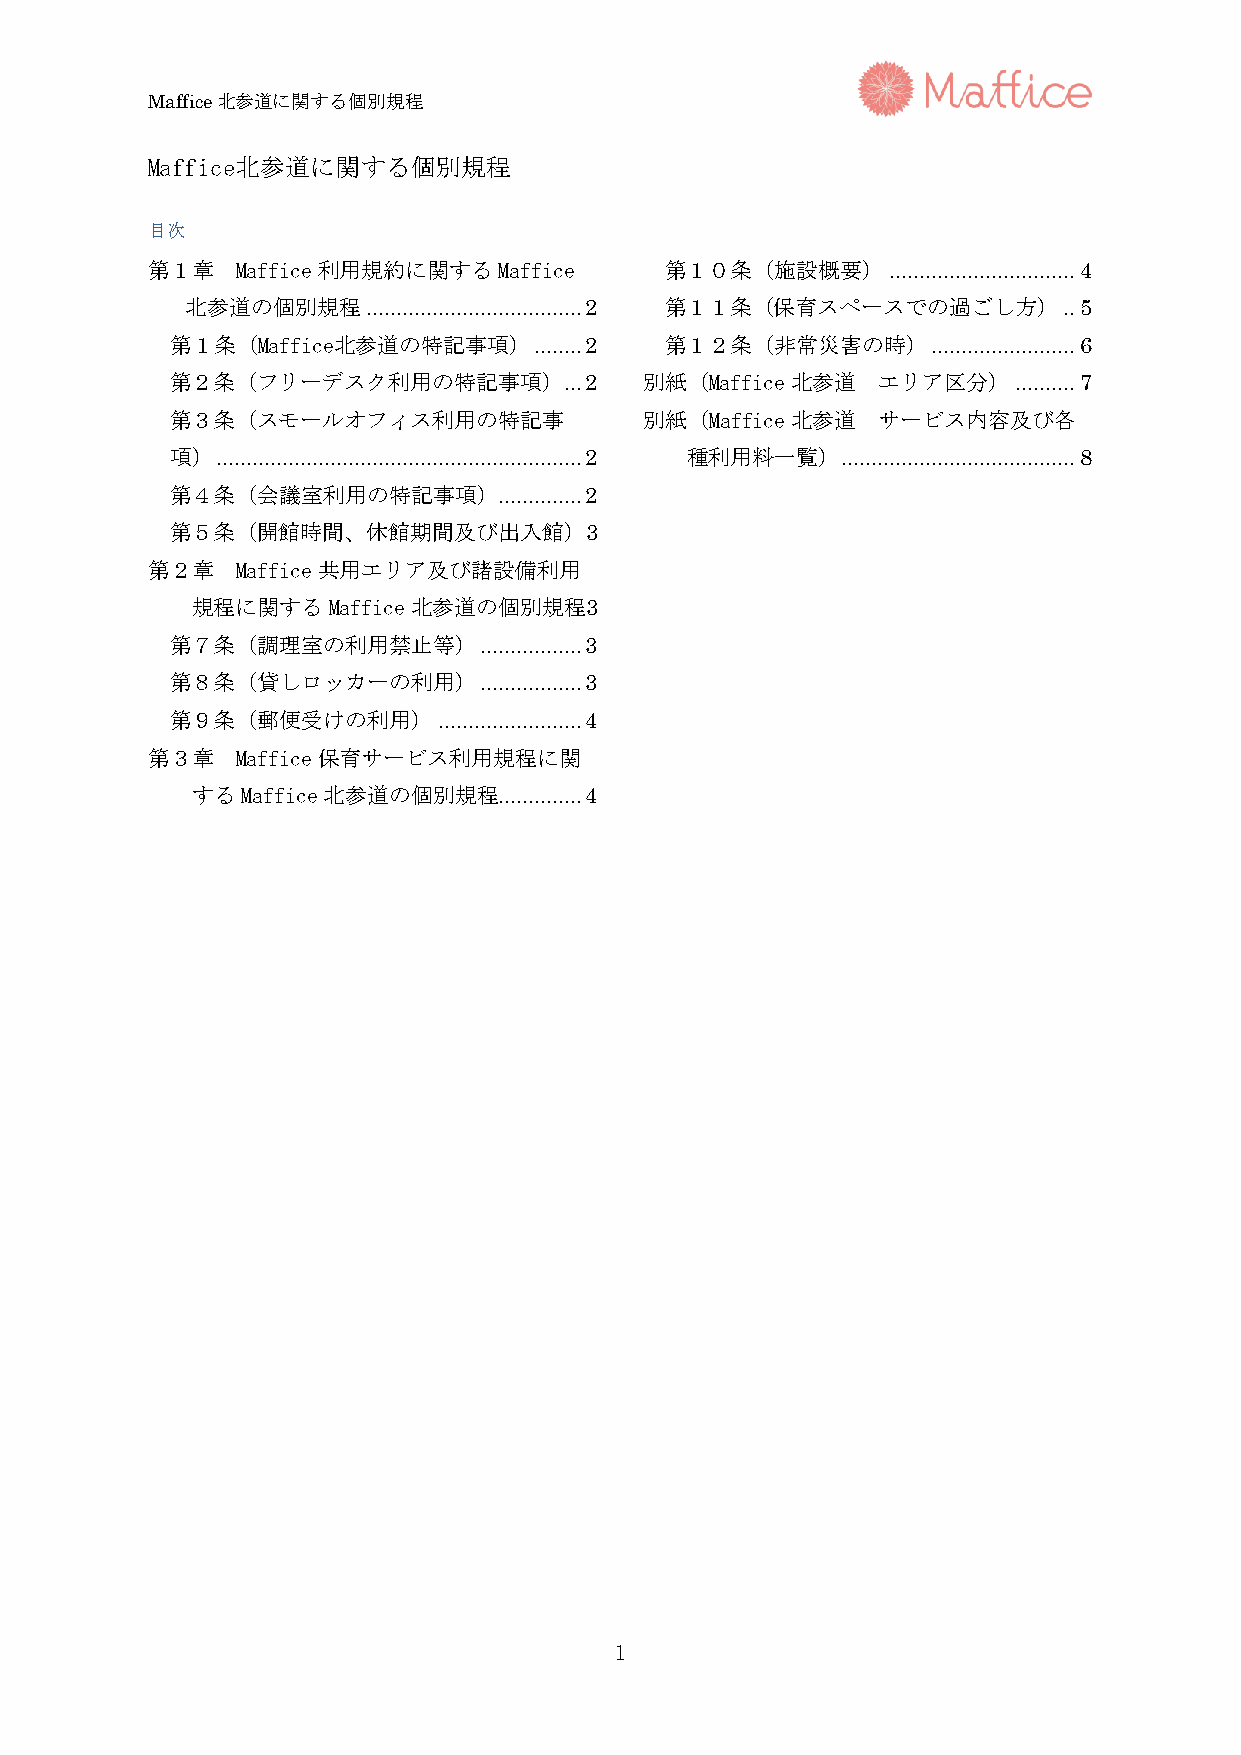
Maffice北参道に関する個別規程
 Maffice北参道に関する個別規程
 目次
 第１章   Maffice利用規約に関するMaffice      第１０条（施設概要）     ............................... 4
 北参道の個別規程    .................................... 2 第１１条（保育スペースでの過ごし方） .. 5
 第１条（Maffice北参道の特記事項）    ........ 2 第１２条（非常災害の時）    ........................ 6
 第２条（フリーデスク利用の特記事項）        ... 2 別紙（Maffice北参道  エリア区分）   .......... 7
 第３条（スモールオフィス利用の特記事              別紙（Maffice北参道  サービス内容及び各
 項） ............................................................. 2 種利用料一覧） ....................................... 8
 第４条（会議室利用の特記事項）.............. 2
 第５条（開館時間、休館期間及び出入館）3
 第２章   Maffice共用エリア及び諸設備利用
 規程に関するMaffice北参道の個別規程3
 第７条（調理室の利用禁止等）       ................. 3
 第８条（貸しロッカーの利用）       ................. 3
 第９条（郵便受けの利用）      ........................ 4
 第３章   Maffice保育サービス利用規程に関
 するMaffice北参道の個別規程.............. 4
 1